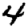
Digit: 4